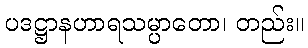
ပဒဋ္ဌာနဟာရသမ္ပာတော၊ တည်း။